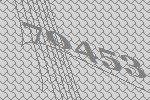
70453